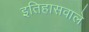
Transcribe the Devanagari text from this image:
इतिहासवाले